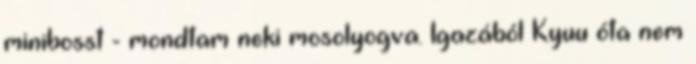
minibosst - mondtam neki mosolyogva. Igazából Kyuu óta nem